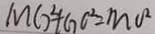
M G ^ { 2 } + G C ^ { 2 } = m o ^ { 2 }